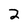
Character: 2